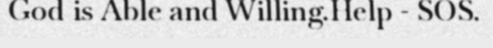
God is Able and Willing.Help - SOS.